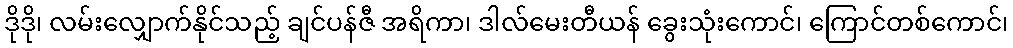
ဒိုဒို၊ လမ်းလျှောက်နိုင်သည့် ချင်ပန်ဇီ အရိကာ၊ ဒါလ်မေးတီယန် ခွေးသုံးကောင်၊ ကြောင်တစ်ကောင်၊